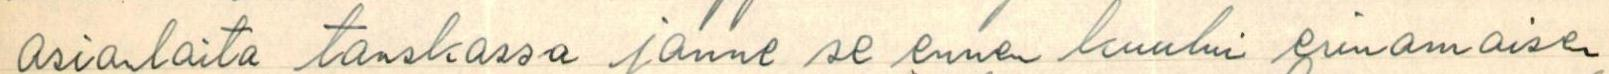
asianlaita tanskassa jonne se ennen kuului erinomaisen